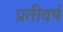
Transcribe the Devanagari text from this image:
प्रतीवर्ष